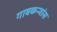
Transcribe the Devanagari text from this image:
गावकऱ्यांस